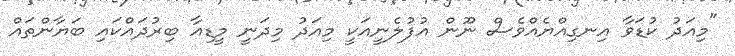
"މިއަދު ކުޑަވާ އިނގިއްޔެއްވެސް ނޫން އުފުލެނީއަކީ މިއަދު މިދަނީ މީޑިއާ ބިރުދައްކައި ބަޔާންތައް